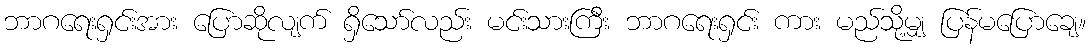
ဘာဂရေးရှင်းအား ပြောဆိုလျက် ရှိသော်လည်း မင်းသားကြီး ဘာဂရေးရှင်း ကား မည်သို့မျှ ပြန်မပြောချေ။